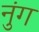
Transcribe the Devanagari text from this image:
नुंग